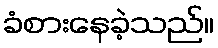
ခံစားနေခဲ့သည်။